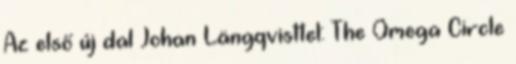
Az első új dal Johan Längqvisttel: The Omega Circle